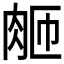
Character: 𬚴